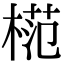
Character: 𣔶